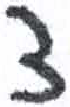
אות: צ